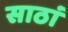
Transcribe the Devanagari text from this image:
साठां